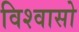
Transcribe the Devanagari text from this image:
विश्वासो